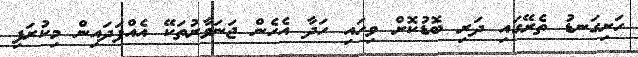
ހަށިގަނޑު ތެރޭގައި ދަރި ބޮޑުކޮށް ވިހައި ހަދާ އެހެން ޖަނަވާރުތަކޭ އެއްފަދައިން މިކުރަފި